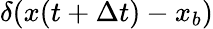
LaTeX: \delta(x(t+\Delta t)-x_{b})